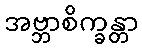
အဗ္ဘာစိက္ခန္တာ